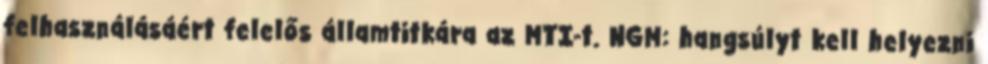
felhasználásáért felelős államtitkára az MTI-t. NGM: hangsúlyt kell helyezni